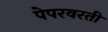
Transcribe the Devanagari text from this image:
पेपरवरती